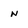
Character: n